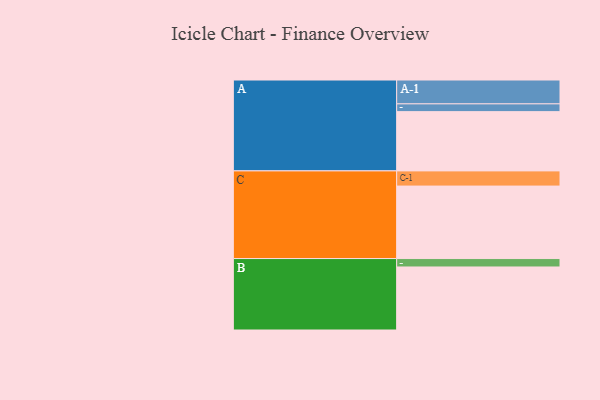
{"axis": {"x": "Segment", "y": "Value"}, "legend": ["", "A", "B", "C"], "data": [{"x": "A", "y": 457, "type": ""}, {"x": "B", "y": 486, "type": ""}, {"x": "C", "y": 559, "type": ""}, {"x": "A-1", "y": 184, "type": "A"}, {"x": "A-2", "y": 60, "type": "A"}, {"x": "B-1", "y": 65, "type": "B"}, {"x": "C-1", "y": 117, "type": "C"}]}